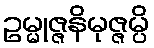
ဥမ္မုဇ္ဇနိမုဇ္ဇမ္ပိ